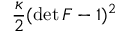
\frac { \kappa } { 2 } ( \operatorname* { d e t } \boldsymbol { F } - 1 ) ^ { 2 }